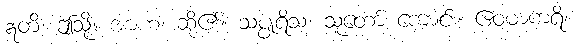
ဣတိ၊ ဤသို့။ အာဟ၊ ဆို၏။ သပ္ပုရိသ၊ သူတော် ကောင်း။ ဧဝမာကရိ၊